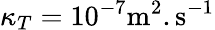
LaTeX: \kappa_{T}=10^{-7}\mathrm{m^{2}.s^{-1}}